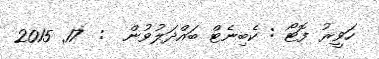
ހަވީރު ފޮޓޯ : ކެބިނެޓް ބައްދަލުވުން  :  17